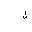
Letter: _lam